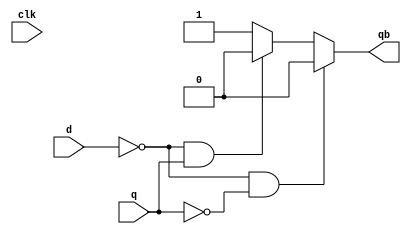
module d_ff(
    clk,
    d,
    q,
    qb
);

    input clk;
    input d;
    input q;
    output qb;

    assign qb = (d==1'b0 && q==1'b0)? 1'b0:
                (d==1'b0 && q==1'b1)? 1'b0:
                (d==1'b1 && q==1'b0)? 1'b1:
                                      1'b1;
endmodule